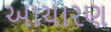
આચારણ